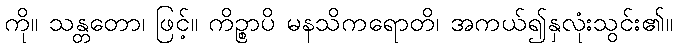
ကို။ သန္တတော၊ ဖြင့်။ ကိဉ္စာပိ မနသိကရောတိ၊ အကယ်၍နှလုံးသွင်း၏။